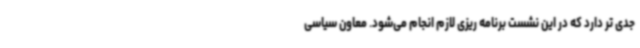
جدی تر دارد که در این نشست برنامه ریزی لازم انجام می‌شود. معاون سیاسی